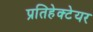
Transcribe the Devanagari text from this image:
प्रतिहेक्टेयर